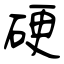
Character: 硬